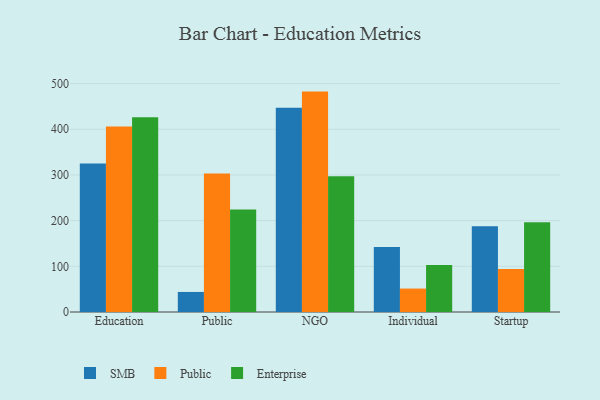
{"axis": {"x": "Segment", "y": "Churn Rate (%)"}, "legend": ["Enterprise", "Public", "SMB"], "data": [{"x": "Education", "y": 325.3, "type": "SMB"}, {"x": "Education", "y": 406.0, "type": "Public"}, {"x": "Education", "y": 426.0, "type": "Enterprise"}, {"x": "Public", "y": 43.9, "type": "SMB"}, {"x": "Public", "y": 303.2, "type": "Public"}, {"x": "Public", "y": 224.2, "type": "Enterprise"}, {"x": "NGO", "y": 447.3, "type": "SMB"}, {"x": "NGO", "y": 482.4, "type": "Public"}, {"x": "NGO", "y": 297.2, "type": "Enterprise"}, {"x": "Individual", "y": 142.0, "type": "SMB"}, {"x": "Individual", "y": 51.3, "type": "Public"}, {"x": "Individual", "y": 103.1, "type": "Enterprise"}, {"x": "Startup", "y": 187.8, "type": "SMB"}, {"x": "Startup", "y": 94.0, "type": "Public"}, {"x": "Startup", "y": 196.3, "type": "Enterprise"}]}